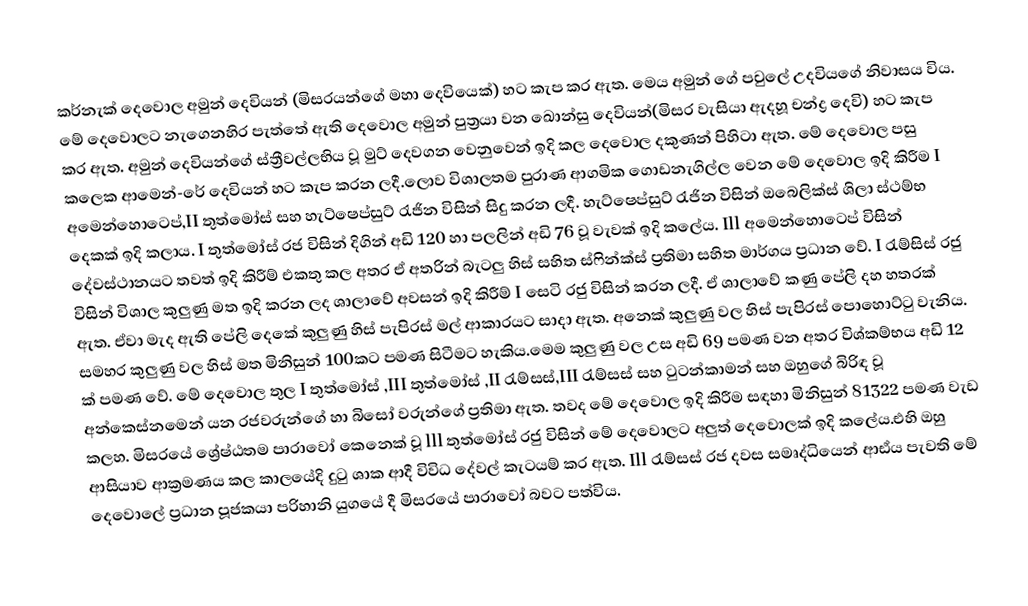
කර්නැක් දෙවොල අමුන් දෙවියන් (මිසරයන්ගේ මහා දෙවියෙක්) හට කැප කර ඇත. මෙය අමුන් ගේ පවුලේ උදවියගේ නිවාසය විය. මේ දෙවොලට නැගෙනහිර පැත්තේ ඇති දෙවොල අමුන් පුත්‍රයා වන ඛොන්සු දෙවියන්(මිසර වැසියා ඇදහූ චන්ද්‍ර දෙවි) හට කැප කර ඇත. අමුන් දෙවියන්ගේ ස්ත්‍රීවල්ලභිය වූ මුට් දෙවගන වෙනුවෙන් ඉදි කල දෙවොල දකුණන් පිහිටා ඇත. මේ දෙවොල පසු කලෙක ආමෙන්-රේ දෙවියන් හට කැප කරන ලදී.ලොව විශාලතම පුරාණ ආගමික ගොඩනැගිල්ල වෙන මේ දෙවොල ඉදි කිරීම I අමෙන්හොටෙප්,II තුත්මෝස් සහ හැට්ෂෙප්සුට් රැජින විසින් සිදු කරන ලදී. හැට්ෂෙප්සුට් රැජින විසින් ඔබෙලික්ස් ශිලා ස්ථම්භ දෙකක් ඉදි කලාය. I තුත්මෝස් රජ විසින් දිගින් අඩි 120 හා පලලින් අඩි 76 වූ වැවක් ඉදි කලේය. Ill අමෙන්හොටෙප් විසින් දේවස්ථානයට තවත් ඉදි කිරීම් එකතු කල අතර ඒ අතරින් බැටලු හිස් සහිත ස්ෆින්ක්ස් ප්‍රතිමා සහිත මාර්ගය ප්‍රධාන වේ. I රැම්සිස් රජු විසින් විශාල කුලුණු මත ඉදි කරන ලද ශාලාවේ අවසන් ඉදි කිරීම් I සෙටි රජු විසින් කරන ලදී. ඒ ශාලාවේ කණු පේලි දහ හතරක් ඇත. ඒවා මැද ඇති පේලි දෙකේ කුලුණු හිස් පැපිරස් මල් ආකාරයට සාදා ඇත. අනෙක් කුලුණු වල හිස් පැපිරස් පොහොට්ටු වැනිය. සමහර කුලුණු වල හිස් මත මිනිසුන් 100කට පමණ සිටීමට හැකිය.මෙම කුලුණු වල උස අඩි 69 පමණ වන අතර විශ්කම්භය අඩි 12 ක් පමණ වේ. මේ දෙවොල තුල I තුත්මෝස් ,III තුත්මෝස් ,II රැම්සස්,III රැම්සස් සහ ටුටන්කාමන් සහ ඔහුගේ බිරිඳ වූ අන්කෙස්නමෙන් යන රජවරුන්ගේ හා බිසෝ වරුන්ගේ ප්‍රතිමා ඇත. තවද මේ දෙවොල ඉදි කිරීම සඳහා මිනිසුන් 81322 පමණ වැඩ කලහ. මිසරයේ ශ්‍රේෂ්ඨතම පාරාවෝ කෙනෙක් වූ lll තුත්මෝස් රජු විසින් මේ දෙවොලට අලුත් දෙවොලක් ඉදි කලේය.එහි ඔහු ආසියාව ආක්‍රමණය කල කාලයේදි දුටු ශාක ආදී විවිධ දේවල් කැටයම් කර ඇත. Ill රැම්සස් රජ දවස සමෘද්ධියෙන් ආඪ්ය පැවති මේ දෙවොලේ ප්‍රධාන පූජකයා පරිහානි යුගයේ දී මිසරයේ පාරාවෝ බවට පත්විය.